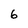
Character: 6